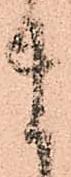
ま